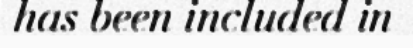
has been included in